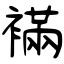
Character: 襔